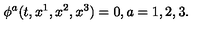
\phi ^ { a } ( t , x ^ { 1 } , x ^ { 2 } , x ^ { 3 } ) = 0 , a = 1 , 2 , 3 .